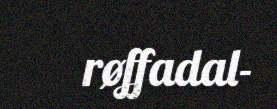
røffadal-